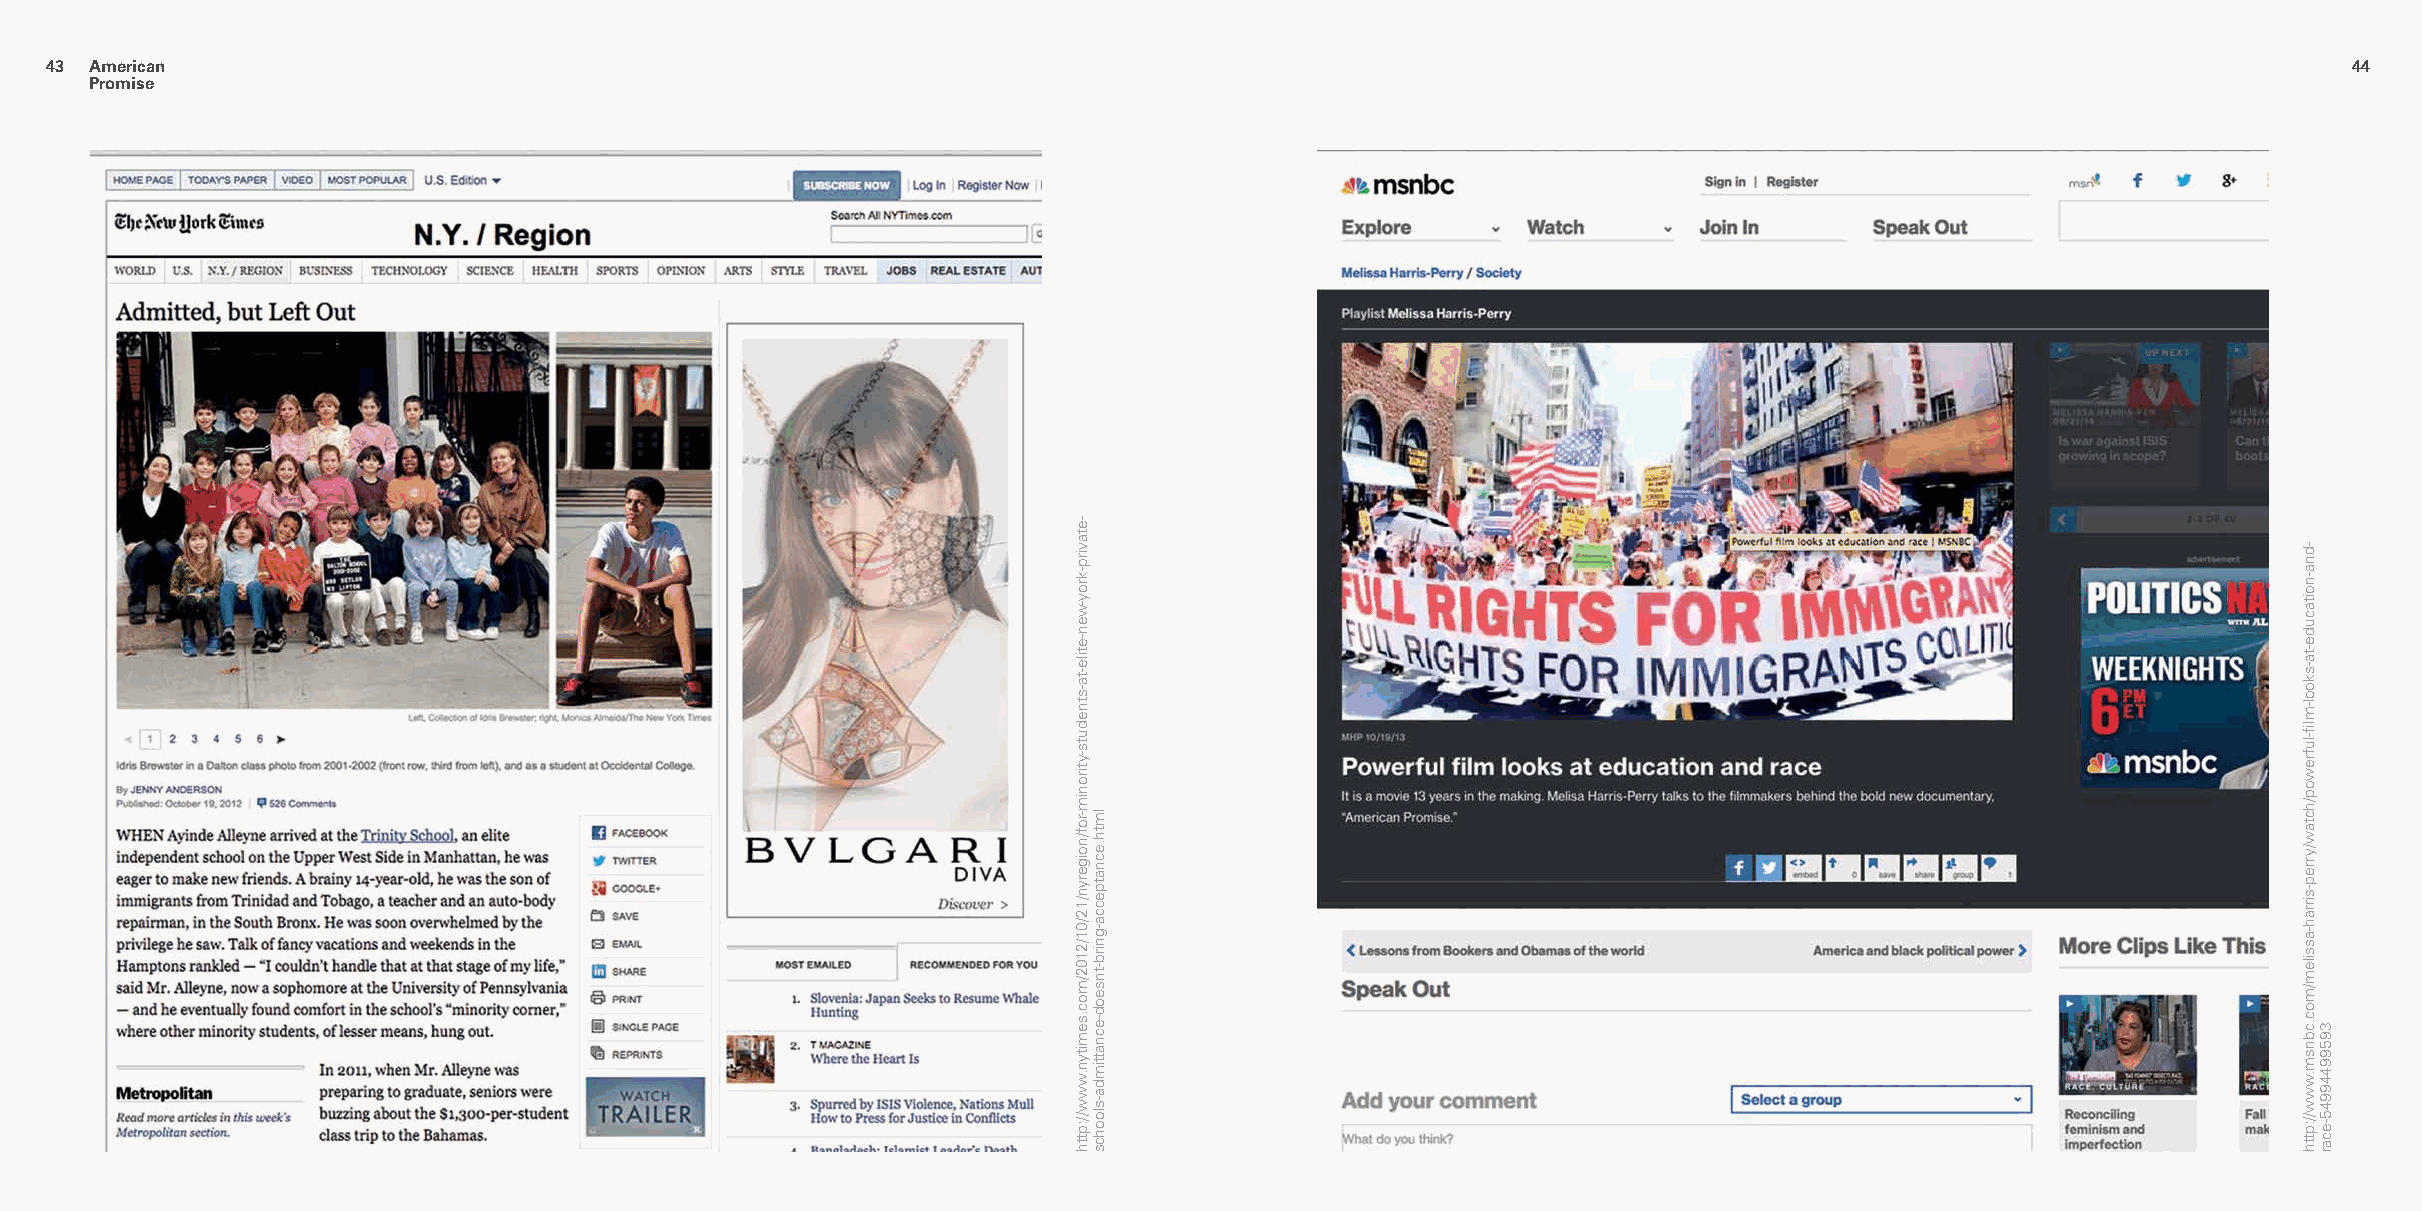
4433 American                                                                                                                                            4444
 Promise
 -etavirp-kroy-wen-etile-ta-stneduts-ytironim-rof/noigeryn/12/01/2102/moc.semityn.www//:ptth
 lmth.ecnatpecca-gnirb-tnseod-ecnattimda-sloohcs
 -dna-noitacude-ta-skool-mlfi-lufrewop/hctaw/yrrep-sirrah-assilem/moc.cbnsm.www//:ptth
 39599449945-ecar